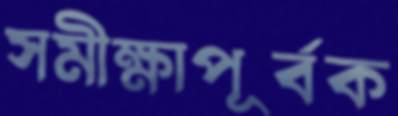
সমীক্ষাপূর্বক